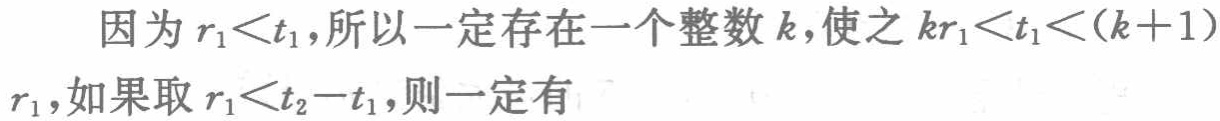
因为\(r_{1}<t_{1}\)，所以一定存在一个整数\(k\)，使之\(kr_{1}<t_{1}<(k + 1)r_{1}\)，如果取\(r_{1}<t_{2}-t_{1}\)，则一定有